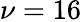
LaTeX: \nu=16